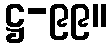
ဋ္ဌ-၉၉။